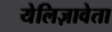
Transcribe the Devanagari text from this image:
येलिज़ावेता